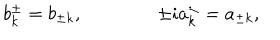
b _ { k } ^ { \pm } = b _ { \pm k } , \qquad \qquad \pm i a _ { k } ^ { \pm } = a _ { \pm k } ,